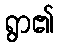
ရွာ၏